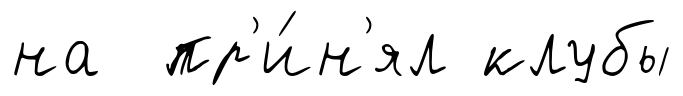
на пр'и́н'ял клубы